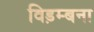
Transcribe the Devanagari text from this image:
विड़म्बना